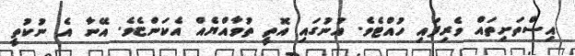
އިސްތަށިތައް ވެރިފައި ހުއްޓެވެ. އުނުގައި އޮތީ ތުވާއްޔެއް އެކަންޏެވެ. އޭނާ އެ ނުކުތީ